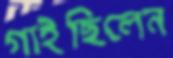
গাইছিলেন